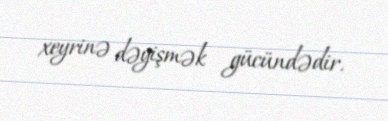
xeyrinə dəyişmək gücündədir.